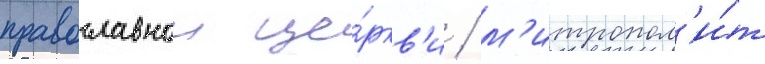
православнои це́ркв'и / м'итропол'и́т